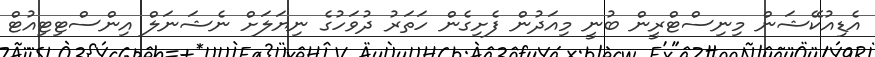
އެޑިއުކޭޝަން މިނިސްޓްރީން ބުނީ މިއަދުން ފެށިގެން ހަތަރު ދުވަހުގެ ނިޔަލަށް ނެޝަނަލް އިންސްޓިޓިއުޓް